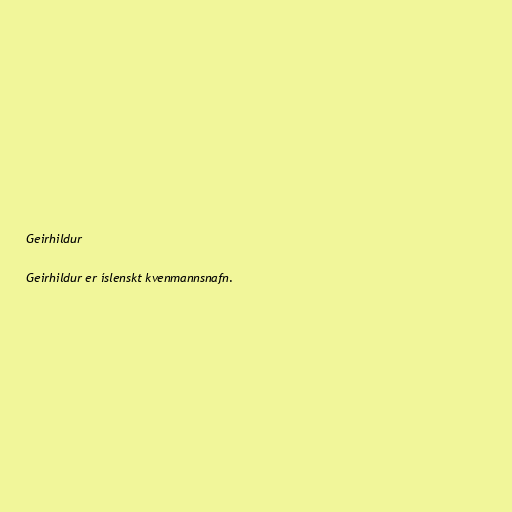
Geirhildur

Geirhildur er íslenskt kvenmannsnafn.